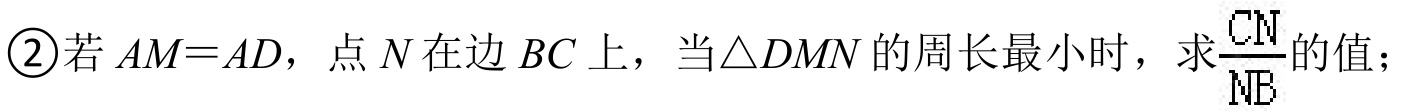
\textcircled{2}若\(AM = AD\)，点\(N\)在边\(BC\)上，当\(\triangle DMN\)的周长最小时，求\(\frac{CN}{NB}\)的值；